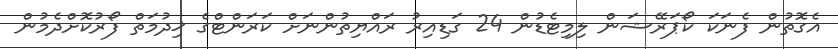
އެގޮތުން ފެނަކަ ކޯޕަރޭޝަން ލިމިޓެޑުން 24 ގަޑިއިރު ރައްޔިތުންނަށް ކަރަންޓްގެ ޚިދުމަތް ފޯރުކޮށްދެމުން